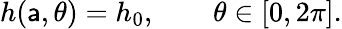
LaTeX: h(\mathsf{a},\theta)=h_{0},\qquad\theta\in[0,2\pi].